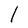
Character: I